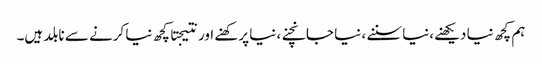
ہم کچھ نیا دیکھنے،نیا سننے ، نیا جانچنے، نیا پرکھنے اور نتیجتا کچھ نیا کرنے سے نابلد ہیں۔